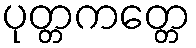
ပုတ္တကတ္တေ